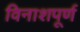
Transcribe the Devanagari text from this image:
विनाशपूर्ण